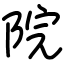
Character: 院